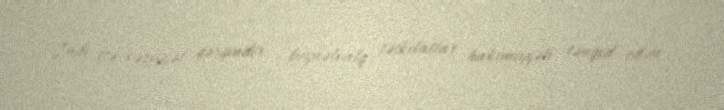
İndi isə vəziyyət gərgindir - beynəlxalq təşkilatlar hakimiyyəti tənqid edən